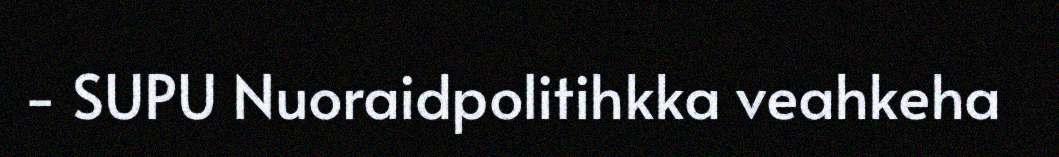
- SUPU Nuoraidpolitihkka veahkeha